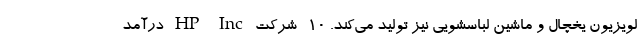
لویزیون یخچال و ماشین لباسشویی نیز تولید می‌کند. ۱۰- شرکت HP Inc درآمد